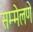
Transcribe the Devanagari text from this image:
सम्मेलणे